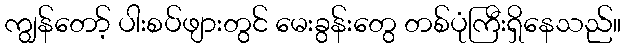
ကျွန်တော့် ပါးစပ်ဖျားတွင် မေးခွန်းတွေ တစ်ပုံကြီးရှိနေသည်။